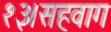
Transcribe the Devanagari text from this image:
१३।सहवाग